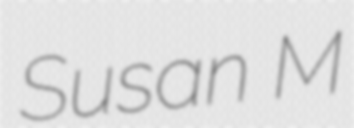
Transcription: Susan M